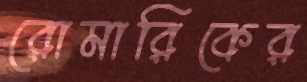
রোমারিকের